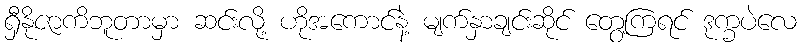
ရှီနိုဇာကိဘူတာမှာ ဆင်းလို့ ဟိုအကောင်နဲ့ မျက်နှာချင်းဆိုင် တွေ့ကြရင် ဒုက္ခပဲလေ